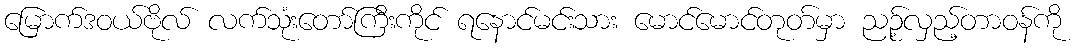
မြောက်ဒဝယ်ဗိုလ် လက်သုံးတော်ကြီးကိုင် ရနောင်မင်းသား မောင်မောင်တုတ်မှာ ညဉ့်လှည့်တာဝန်ကို